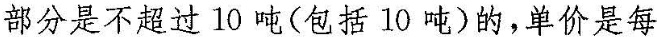
部分是不超过10吨(包括10吨)的，单价是每